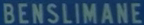
BENSILMANE